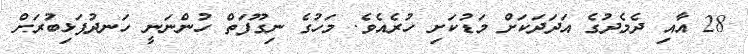
28 އާއި ދެމެދުގެ އަދަދަކަށް މަޑުކަށި ހުރެއެވެ. މަހުގެ ނިގޫފަތް ހުންނަނީ ހަނދުފަޅިބުރަށް